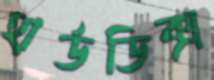
হার্ডডিক্স